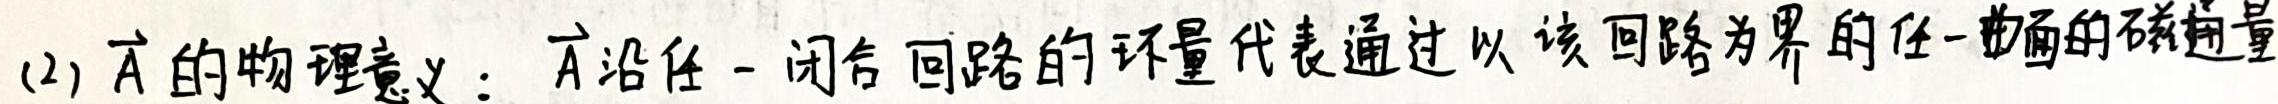
(2) $\vec{A}$ 的物理意义：$\vec{A}$ 沿任一闭合回路的环量代表通过以该回路为界的任一曲面的磁通量